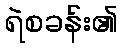
ရဲစခန်း၏